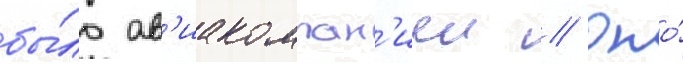
бы́ло ав'иакомпан'иеи // Оно́